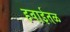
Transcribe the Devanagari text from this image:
हवाईतळ